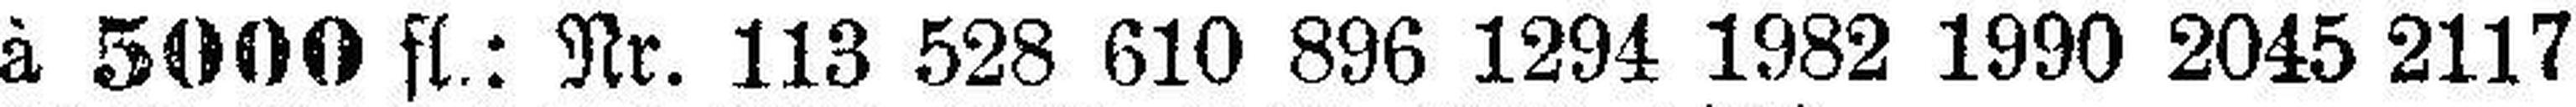
à 5000 fl.: Nr. 113 528 610 896 1294 1982 1990 2045 2117